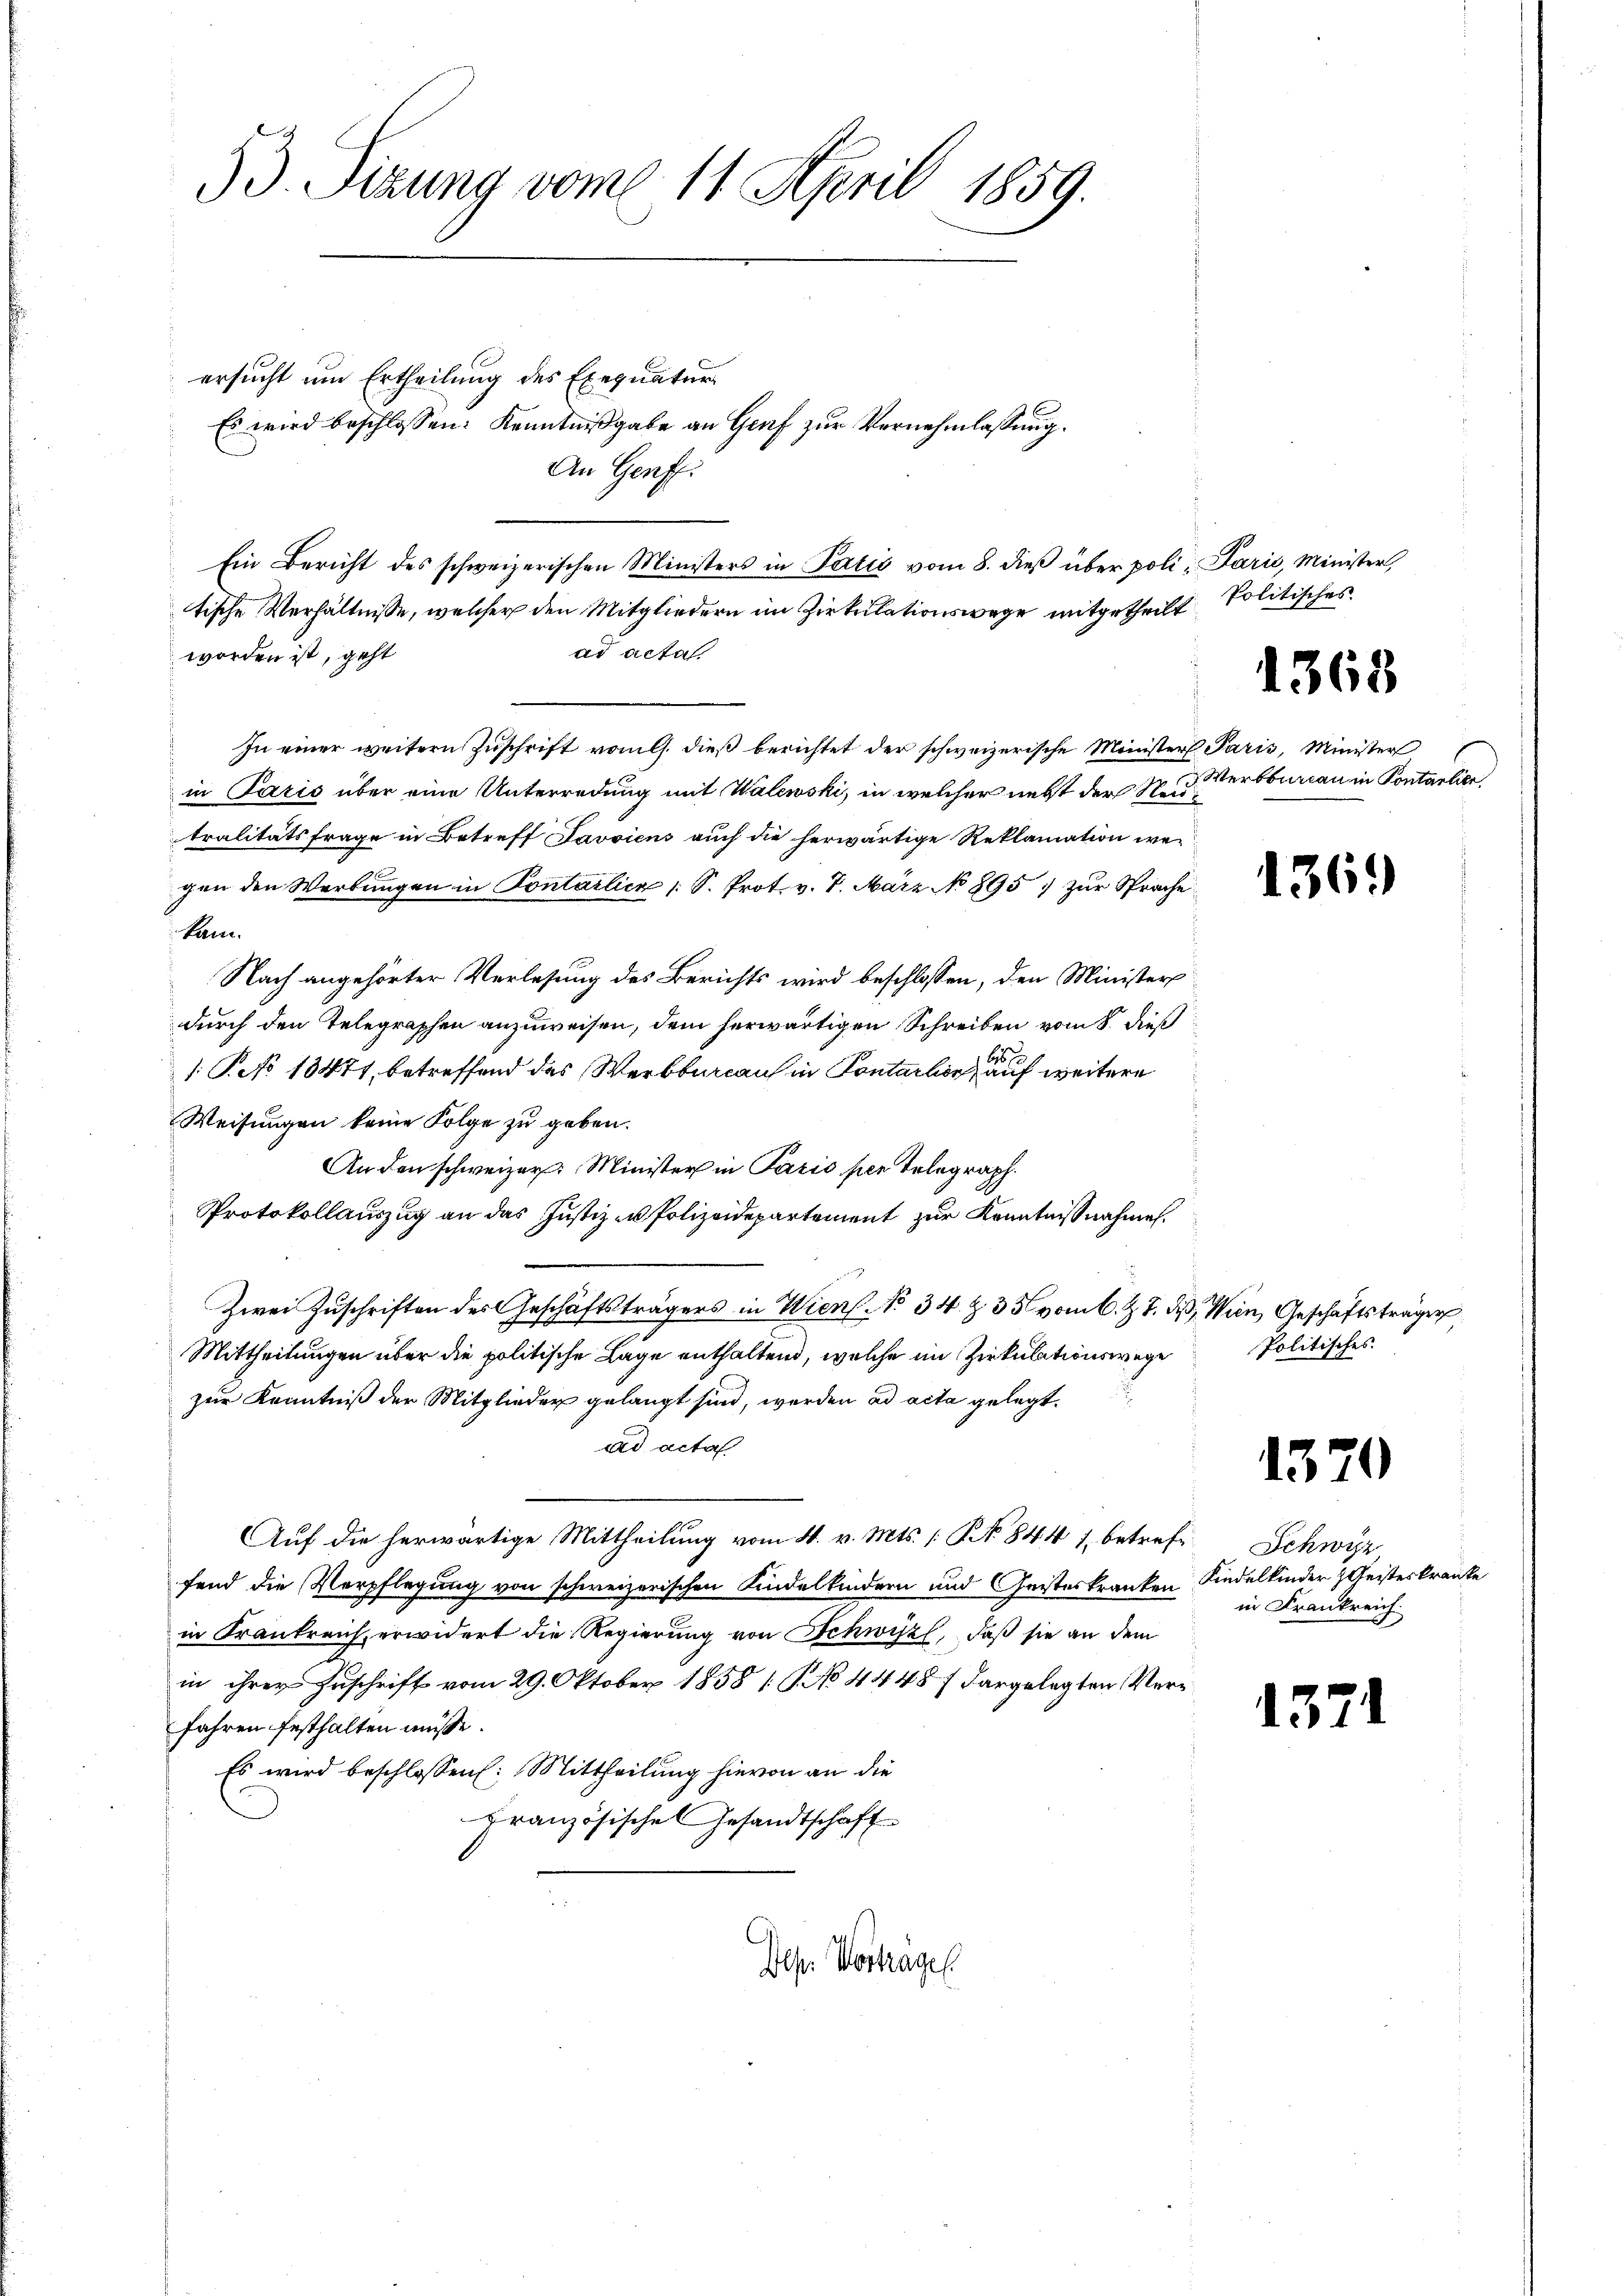
33. Sizung vom 11. April 1859.

ersucht um Ertheilung des Exequatur
Es wird beschlossen: Kenntnißgabe an Genf zur Vernehmlassung.
An Genff.
Ein Bericht des schweizerischen Ministers in Talić vom 8. dieβ über poli, Parić, Minister,
tische Verhältnisse, welcher den Mitgliedern im Zirkulationswege mitgetheilt Politisches
ad acta
worden ist, geht
In einer weitern Zuschrift vom l. dieß berichtet der schweizerische Minister Paris, Minister
in Paris über eine Unterredung mit Walewski, in welcher nebst der Neidtralitätsfrage in Betreff Javviens auch die herwärtige Reklamation wegen den Werbŭngen in Kontalien 1 S. Prot. v. 7. März No 895 zŭr Sprache
kam.
Nach angehörter Verlesung des Berichts wird beschlossen, den Minister
durch den Telegraphen anzuweisen, dem herwärtigen Schreiben vom 8. dieß
be
/: Peo 13471, betreffend das Werkbureau in Contarlin, auf weitere
Weisungen keine Folge zu geben.
An den schweizer: Minister in Paris per Telegraph.
Protokollauszug an das Justiz- u Polizeidepartement zur Kenntnißnahmen.
Zwei Zuschriften des Geschäftsträgers in Wien. No 34. Z. 35 vom 6. Z. 7. des, Wien, Geschäftsträger,
Mittheilungen über die politische Lage enthaltend, welche im Zirkulationswege
zur Kenntniß der Mitglieder gelangt sind, werden ad acta gelegt.
ad acta
Auf die herwärtige Mittheilung vom 4. v. Mts. 1 S. 844 s. betrefe Schwyz,
fend die Verpflegung von schweizerischen Kindelkindern und Geisteskranken Kindelkinder Geisteskranke
in Krankreich erwidert die Regierung von Schwyz, daß sie an dem
in ihrer Zuschrift vom 29. Oktober 1858 [No 4448 f dargelegten Verfahren festhalten müsse.
Es wird beschlossen: Mittheilung hievon an die
Französische Gesandtschaft
Dep. Vorträgen.

1368

Werkbureau in Contarlier

Politisches

1370

in Frankreich.

15